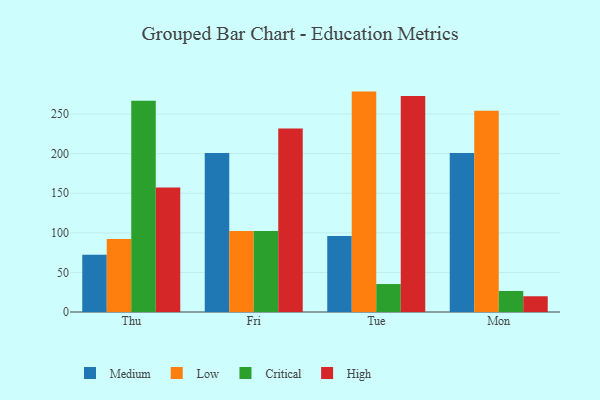
{"axis": {"x": "Day", "y": "Headcount"}, "legend": ["Critical", "High", "Low", "Medium"], "data": [{"x": "Thu", "y": 72.2, "type": "Medium"}, {"x": "Thu", "y": 92.1, "type": "Low"}, {"x": "Thu", "y": 266.9, "type": "Critical"}, {"x": "Thu", "y": 157.4, "type": "High"}, {"x": "Fri", "y": 200.7, "type": "Medium"}, {"x": "Fri", "y": 102.4, "type": "Low"}, {"x": "Fri", "y": 102.2, "type": "Critical"}, {"x": "Fri", "y": 231.7, "type": "High"}, {"x": "Tue", "y": 96.1, "type": "Medium"}, {"x": "Tue", "y": 278.4, "type": "Low"}, {"x": "Tue", "y": 35.3, "type": "Critical"}, {"x": "Tue", "y": 272.9, "type": "High"}, {"x": "Mon", "y": 200.7, "type": "Medium"}, {"x": "Mon", "y": 254.3, "type": "Low"}, {"x": "Mon", "y": 26.5, "type": "Critical"}, {"x": "Mon", "y": 19.9, "type": "High"}]}